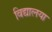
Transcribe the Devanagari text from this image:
विद्यालया